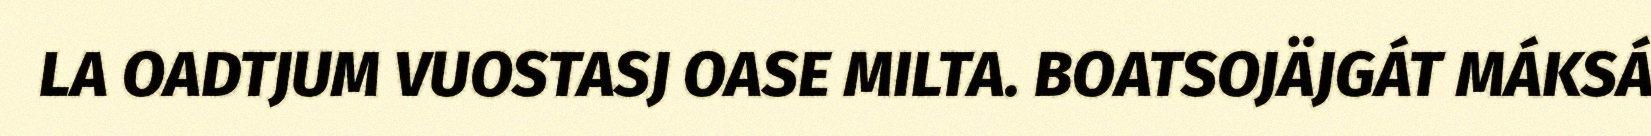
LA OADTJUM VUOSTASJ OASE MILTA. BOATSOJÄJGÁT MÁKSÁ